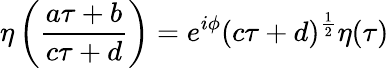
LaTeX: \eta\left(\frac{a\tau+b}{c\tau+d}\right)=e^{i\phi}(c\tau+d)^{\frac{1}{2}}\eta(\tau)